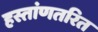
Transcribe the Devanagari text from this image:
हस्तांणतरित